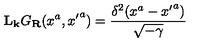
{ \bf L } _ { \bf k } G _ { \bf R } ( x ^ { a } , { x ^ { \prime } } ^ { a } ) = \frac { \delta ^ { 2 } ( x ^ { a } - { x ^ { \prime } } ^ { a } ) } { \sqrt { - \gamma } }